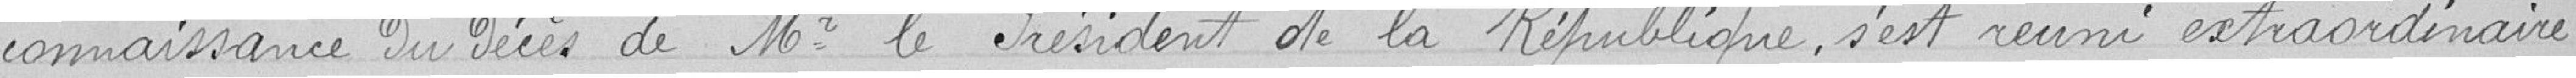
connaissance du Décès de Mr. le Président de la République, s'est réuni extraordinaire